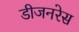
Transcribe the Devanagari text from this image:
डीजनरेस